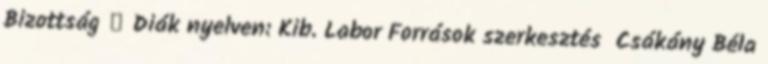
Bizottság ↑ Diák nyelven: Kib. Labor Források szerkesztés Csákány Béla